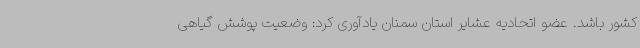
کشور باشد. عضو اتحادیه عشایر استان سمنان یادآوری کرد: وضعیت پوشش گیاهی